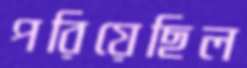
পরিয়েছিল